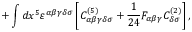
+ \int d x ^ { 5 } \varepsilon ^ { \alpha \beta \gamma \delta \sigma } \left[ C _ { \alpha \beta \gamma \delta \sigma } ^ { ( 5 ) } + { \frac { 1 } { 2 4 } } F _ { \alpha \beta \gamma } C _ { \delta \sigma } ^ { ( 2 ) } \right] ,